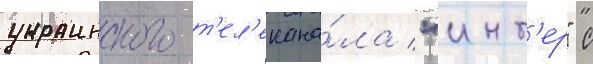
украинского т'ел'екана́ла "инт'ер" с